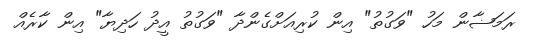
ރަމަޟާން މަހު "ވަގުތު" އިން ކުރިއަށްގެންދާ "ވަގުތު އީދު ހަދިޔާ" އިން ކާރެއް